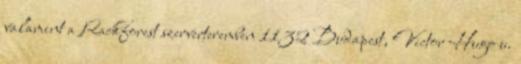
valamint a Rackforest szerverteremben 1132 Budapest, Victor Hugo u.